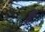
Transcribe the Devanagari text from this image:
हैं